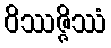
ဝိဿဇ္ဇိဿံ